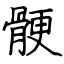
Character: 骾